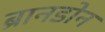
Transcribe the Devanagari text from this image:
ब्रानडोन